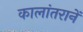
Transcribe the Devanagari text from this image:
कालांतरानें